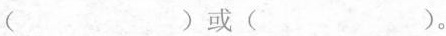
( )或( )。